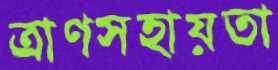
ত্রাণসহায়তা